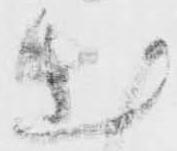
出